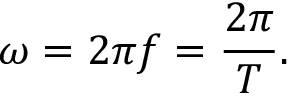
\omega = 2 \pi f = { \frac { 2 \pi } { T } } .